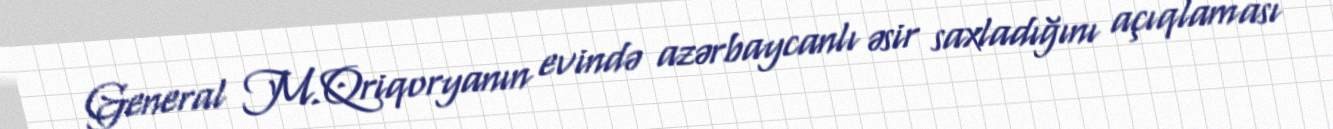
General M.Qriqoryanın evində azərbaycanlı əsir saxladığını açıqlaması